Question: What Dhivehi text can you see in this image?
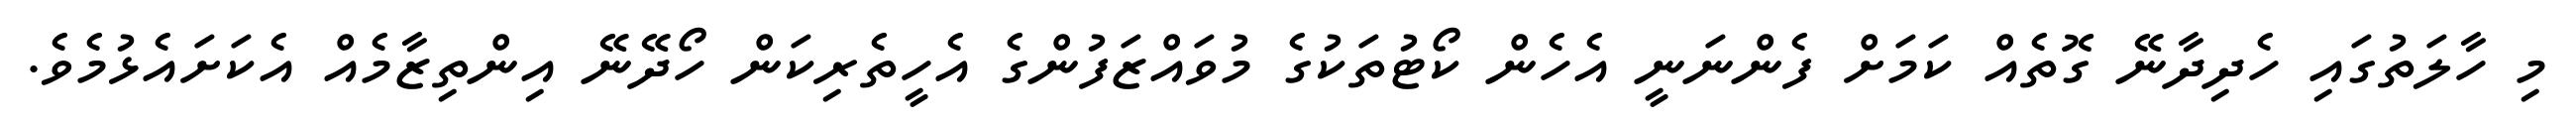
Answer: މި ހާލަތުގައި ހެދިދާނޭ ގޮތެއް ކަމަށް ފެންނަނީ އެހެން ކޯޓުތަކުގެ މުވައްޒަފުންގެ އެހީތެރިކަން ހޯދޭނޭ އިންތިޒާމެއް އެކަށައެޅުމެވެ.